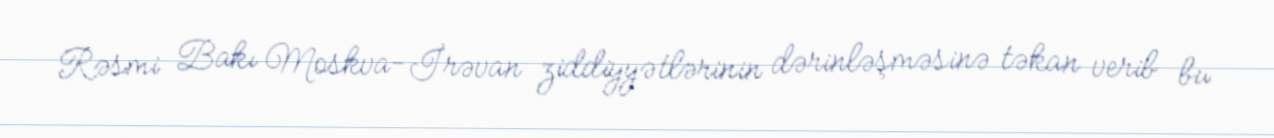
Rəsmi Bakı Moskva-İrəvan ziddiyyətlərinin dərinləşməsinə təkan verib bu